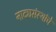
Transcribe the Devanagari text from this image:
नाट्यसंस्थांचे